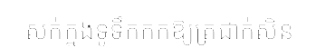
សក់ក្នុងទូទឹកកកឱ្យត្រជាក់សិន